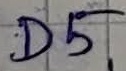
Text: D5